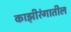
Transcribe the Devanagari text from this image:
काझ़ीरंगातील